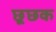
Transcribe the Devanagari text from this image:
छूछक